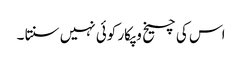
اس کی چیخ و پکار کوئی نہیں سنتا ۔